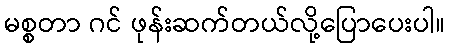
မစ္စတာ ဂင် ဖုန်းဆက်တယ်လို့ပြောပေးပါ။